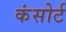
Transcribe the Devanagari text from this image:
कंसोर्ट